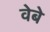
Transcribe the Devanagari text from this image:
वेबे